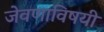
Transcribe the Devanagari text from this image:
जेवणाविषयी